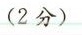
(2分)